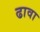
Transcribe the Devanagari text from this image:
ढावा